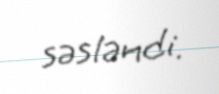
səsləndi.